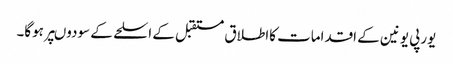
یورپی یونین کے اقدامات کااطلاق مستقبل کے اسلحے کے سودوںپر ہوگا۔